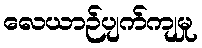
လေယာဉ်ပျက်ကျမှု